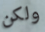
ولكن